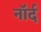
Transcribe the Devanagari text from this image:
नॉर्द